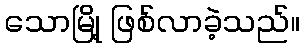
သောမြို့ ဖြစ်လာခဲ့သည်။